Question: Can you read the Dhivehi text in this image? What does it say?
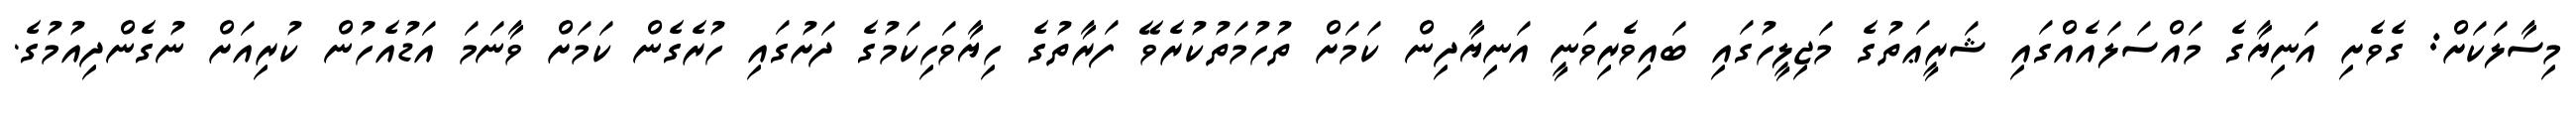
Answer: މިސާލަކަށް: ގެވެށި އަނިޔާގެ މައްސަލައެއްގައި ޝަރީޢަތުގެ މަޖިލީހުގައި ބައިވެރިވަނީ އަނިޔާދިން ކަމަށް ތުހުމަތުކުރެވޭ ފަރާތުގެ ހިޔާވަހިކަމުގެ ދަށުގައި ހުރެގެން ކަމަށް ވާނަމަ އަޑުއެހުން ކުރިއަށް ނުގެންދިއުމުގެ.